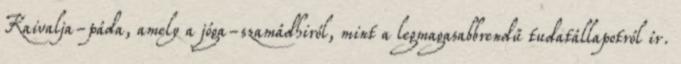
Kaivalja-páda, amely a jóga-szamádhiról, mint a legmagasabbrendű tudatállapotról ír.